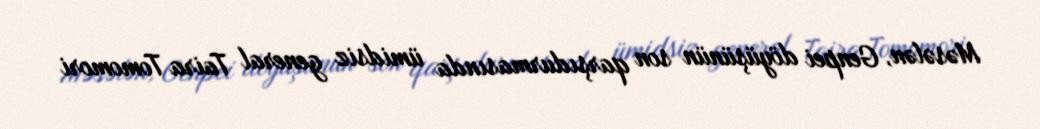
Məsələn, Genpei döyüşünün son qarşıdurmasında ümidsiz general Taira Tomomori